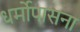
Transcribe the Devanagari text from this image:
धर्मोपासना